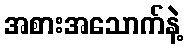
အစားအသောက်နဲ့